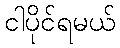
ငါပိုင်ရမယ်